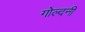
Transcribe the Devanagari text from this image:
गोल्दनी